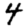
Digit: 4